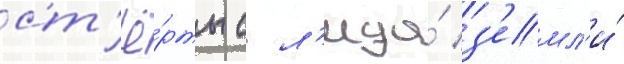
ст'ё́рты с л'ица́ з'емл'и́